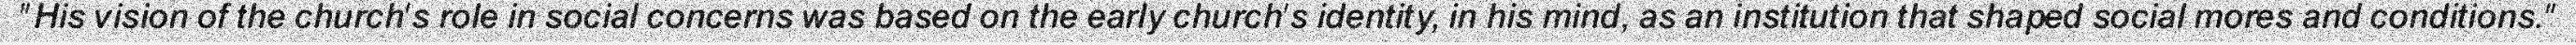
"His vision of the church's role in social concerns was based on the early church's identity, in his mind, as an institution that shaped social mores and conditions."